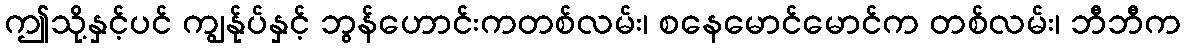
ဤသို့နှင့်ပင် ကျွန်ုပ်နှင့် ဘွန်ဟောင်းကတစ်လမ်း၊ စနေမောင်မောင်က တစ်လမ်း၊ ဘီဘီက